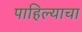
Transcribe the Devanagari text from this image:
पाहिल्याचा